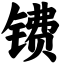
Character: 镄